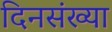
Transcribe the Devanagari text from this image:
दिनसंख्या